Indian journal of veterinary science and animal husbandry - Volume 13,
Year: 1943
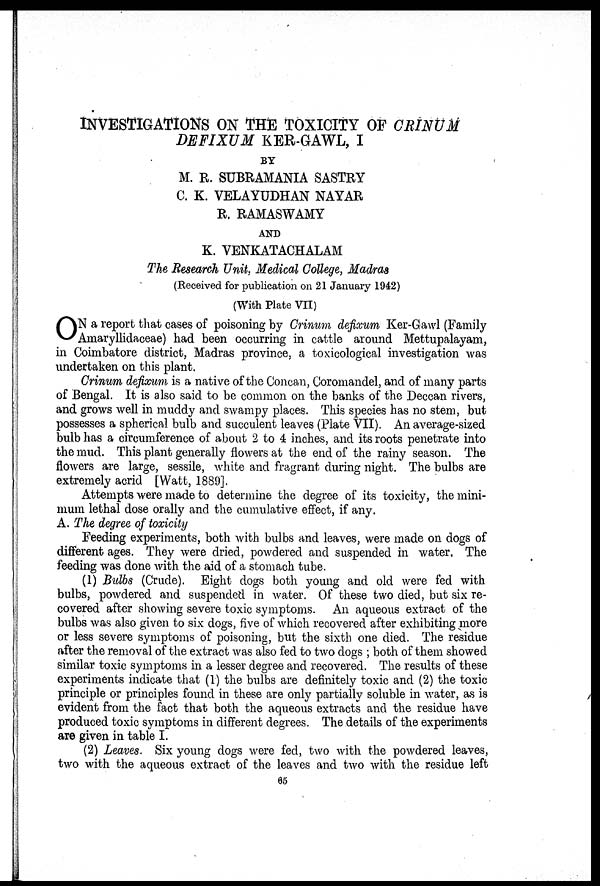
INVESTIGATIONS ON THE TOXICITY OF CRINUM
DEFIXUM KER-GAWL, I
BY
M. R. SUBRAMANIA SASTRY
C. K. VELAYUDHAN NAYAR
R. RAMASWAMY
AND
K. VENKATACHALAM
The Research Unit, Medical College, Madras
(Received for publication on 21 January 1942)
(With Plate VII)
O N a report that cases of poisoning by Crinum defixum Ker-Gawl (Family
Amaryllidaceae) had been occurring in cattle around Mettupalayam,
in Coimbatore district, Madras province, a toxicological investigation was
undertaken on this plant.
Crinum defixum is a native of the Concan, Coromandel, and of many parts
of Bengal. It is also said to be common on the banks of the Deccan rivers,
and grows well in muddy and swampy places. This species has no stem, but
possesses a spherical bulb and succulent leaves (Plate VII). An average-sized
bulb has a circumference of about 2 to 4 inches, and its roots penetrate into
the mud. This plant generally flowers at the end of the rainy season. The
flowers are large, sessile, white and fragrant during night. The bulbs are
extremely acrid [Watt, 1889].
Attempts were made to determine the degree of its toxicity, the mini-
mum lethal dose orally and the cumulative effect, if any.
A. The degree of toxicity
Feeding experiments, both with bulbs and leaves, were made on dogs of
different ages. They were dried, powdered and suspended in water. The
feeding was done with the aid of a stomach tube.
(1) Bulbs (Crude). Eight dogs both young and old were fed with
bulbs, powdered and suspended in water. Of these two died, but six re-
covered after showing severe toxic symptoms. An aqueous extract of the
bulbs was also given to six dogs, five of which recovered after exhibiting more
or less severe symptoms of poisoning, but the sixth one died. The residue
after the removal of the extract was also fed to two dogs ; both of them showed
similar toxic symptoms in a lesser degree and recovered. The results of these
experiments indicate that (1) the bulbs are definitely toxic and (2) the toxic
principle or principles found in these are only partially soluble in water, as is
evident from the fact that both the aqueous extracts and the residue have
produced toxic symptoms in different degrees. The details of the experiments
are given in table I.
(2) Leaves. Six young dogs were fed, two with the powdered leaves,
two with the aqueous extract of the leaves and two with the residue left
65